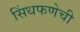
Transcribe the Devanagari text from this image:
सिंधफणेची